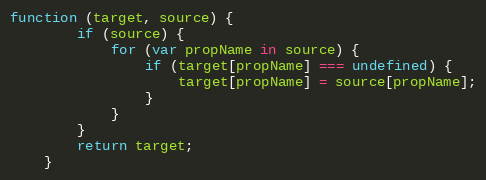
Language: JavaScript
function (target, source) {
        if (source) {
            for (var propName in source) {
                if (target[propName] === undefined) {
                    target[propName] = source[propName];
                }
            }
        }
        return target;
    }